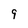
Character: 9